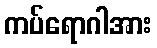
ကပ်ရောဂါအား